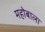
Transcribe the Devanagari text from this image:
महोबाला